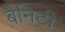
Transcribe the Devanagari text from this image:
बैनिटी